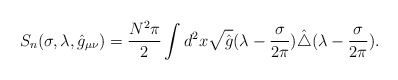
\begin{align*}S_{n}(\sigma,\lambda,\hat{g}_{\mu\nu})={N^2\pi\over 2}\int d^2x\sqrt{\hat{g}}(\lambda-{\sigma\over 2\pi})\hat{\triangle}(\lambda-{\sigma\over 2\pi}).\end{align*}